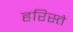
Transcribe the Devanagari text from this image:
हरिस्ते